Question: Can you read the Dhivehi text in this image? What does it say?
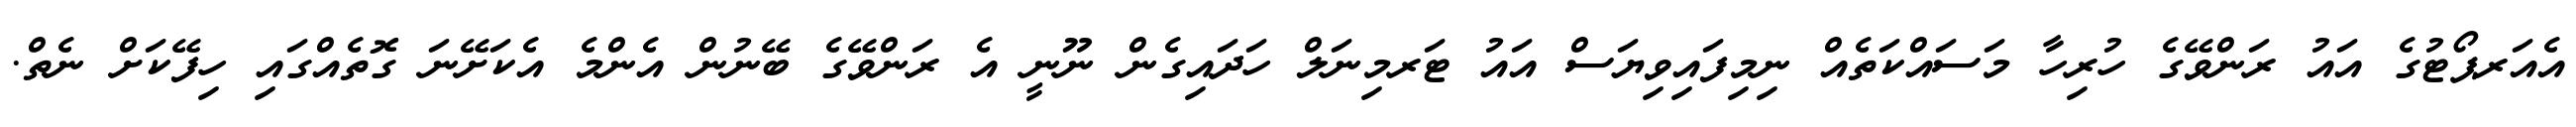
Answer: އެއަރޕޯޓުގެ އައު ރަންވޭގެ ހުރިހާ މަސައްކަތެއް ނިމިފައިވިޔަސް އައު ޓަރމިނަލް ހަދައިގެން ނޫނީ އެ ރަންވޭގެ ބޭނުން އެންމެ އެކަށޭނަ ގޮތެއްގައި ހިފޭކަށް ނެތް.